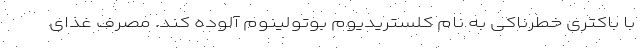
با باکتری خطرناکی به نام کلستریدیوم بوتولینوم آلوده کند. مصرف غذای